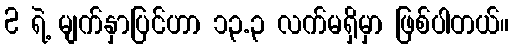
2 ရဲ့ မျက်နှာပြင်ဟာ ၁၃.၃ လက်မရှိမှာ ဖြစ်ပါတယ်။